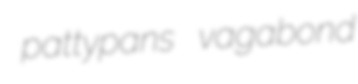
pattypans vagabond